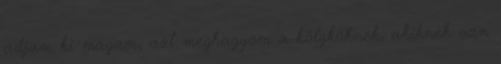
adjam ki magam, azt meghagyom a kölyköknek, akiknek van